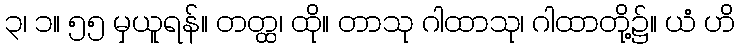
၃၊ ၁။ ၅၅ မှယူရန်။ တတ္ထ၊ ထို။ တာသု ဂါထာသု၊ ဂါထာတို့၌။ ယံ ဟိ